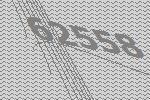
62558